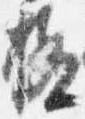
極